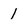
Character: 1